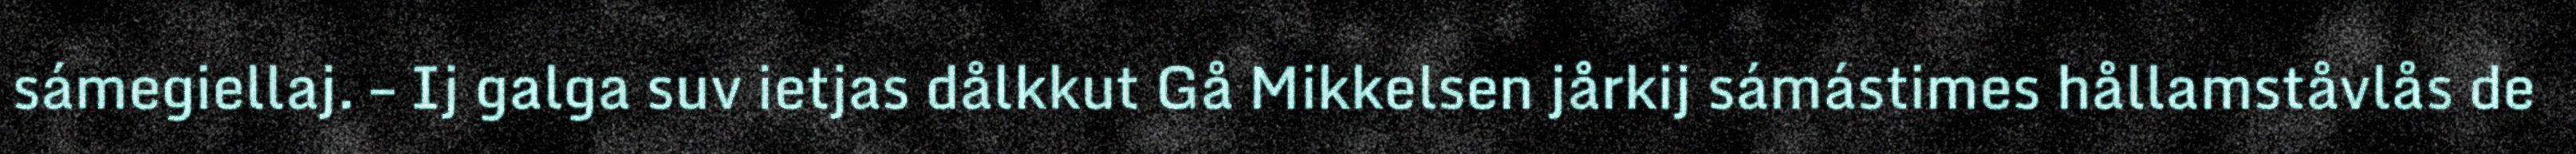
sámegiellaj. – Ij galga suv ietjas dålkkut Gå Mikkelsen jårkij sámástimes hållamståvlås de